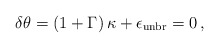
\begin{align*}\delta\theta = \left(1+\Gamma\right)\kappa + \epsilon_{\rm unbr}=0 \, ,\end{align*}